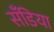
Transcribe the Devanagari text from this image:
सँडिया